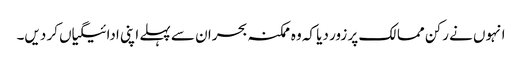
انہوں نے رکن ممالک پر زور دیا کہ وہ ممکنہ بحران سے پہلے اپنی ادائیگیاں کر دیں۔